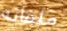
ملفاته